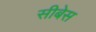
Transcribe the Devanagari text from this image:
सीबेस